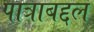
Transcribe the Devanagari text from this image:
पात्राबद्दल